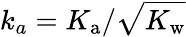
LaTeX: {k_{a}=K_{\mathrm{a}}/\sqrt{K_{\mathrm{w}}}}